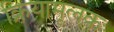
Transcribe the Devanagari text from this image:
क्रियामूलक